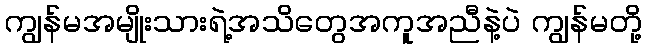
ကျွန်မအမျိုးသားရဲ့အသိတွေအကူအညီနဲ့ပဲ ကျွန်မတို့